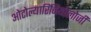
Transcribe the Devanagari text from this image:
ओटोल्यारिंजियोलोजी